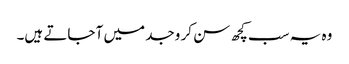
وہ یہ سب کچھ سن کر وجد میں آ جاتے ہیں۔